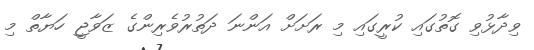
ވިދާޅުވި ގޮތުގައި ކުރީގައި މި ރަށަށް އަންނަ ދަތުރުވެރިންގެ ޒަވާޖީ ހަޔާތް މި